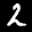
Label: 2